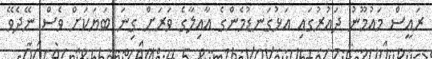
ރައީސް މައުމޫނު ދައުރުގައި އަޅުގަނޑުމެންގެ އާއިލާގެ ވަރަށް ގިނަ ބަޔަކަށް ވެސް ނޭދެވޭ